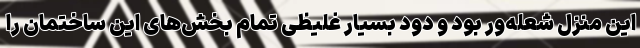
این منزل شعله‌ور بود و دود بسیار غلیظی تمام بخش‌های این ساختمان را